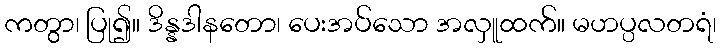
ကတွာ၊ ပြု၍။ ဒိန္နဒါနတော၊ ပေးအပ်သော အလှူထက်။ မဟပ္ပလတရံ၊